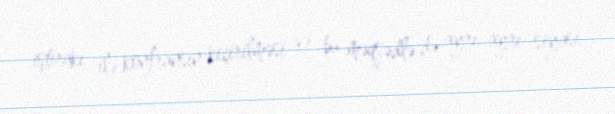
iştirakı ilə konfransın keçirilməsi və bu məqsədlə də ayrı-ayrı siyasi